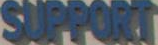
SUPPORT